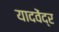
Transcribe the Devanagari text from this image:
यादवेंद्र